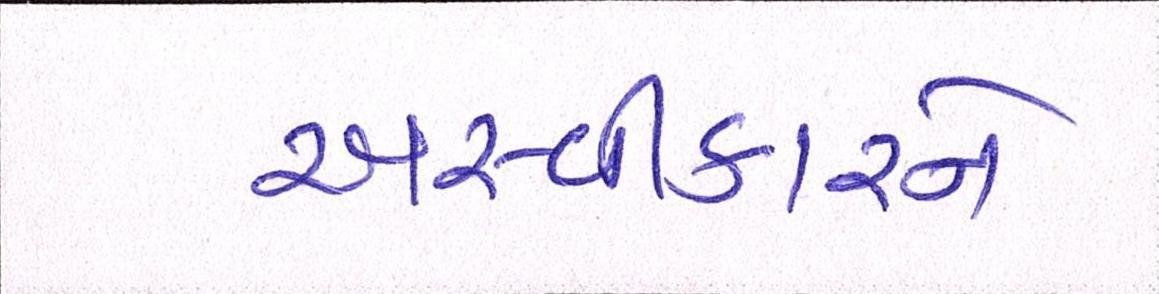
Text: અસ્વીકારને